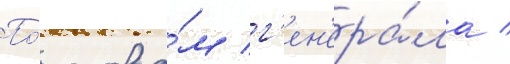
По́ слова́м г'ен'ера́ла /